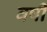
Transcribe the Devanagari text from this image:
वषी